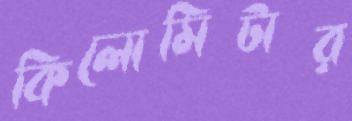
কিলোমিটার